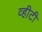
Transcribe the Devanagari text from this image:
व्हीटी